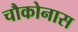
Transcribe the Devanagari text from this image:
चौकोनास